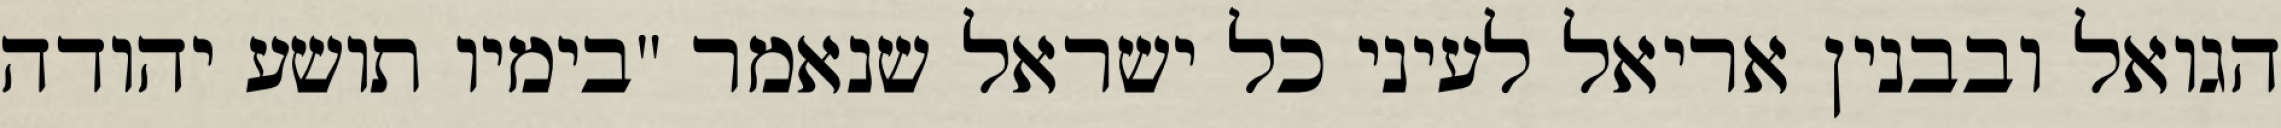
הגואל ובבנין אריאל לעיני כל ישראל שנאמר "בימיו תושע יהודה